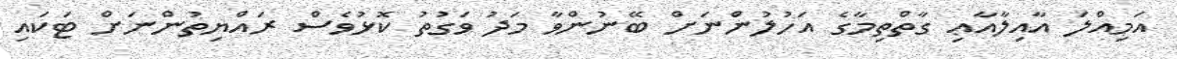
އަމިއްލަ އާއިލާއާޢި ގާތްތިމާގެ އަހުލުންނަށް ބޭނުންވާ މަދު ވަގުތު ކޮޅުވެސް ރައްޔިތުންނަށް ޓަކައި